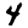
Digit: 4